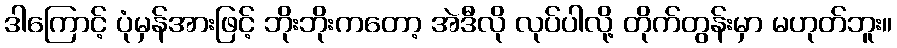
ဒါကြောင့် ပုံမှန်အားဖြင့် ဘိုးဘိုးကတော့ အဲဒီလို လုပ်ပါလို့ တိုက်တွန်းမှာ မဟုတ်ဘူး။